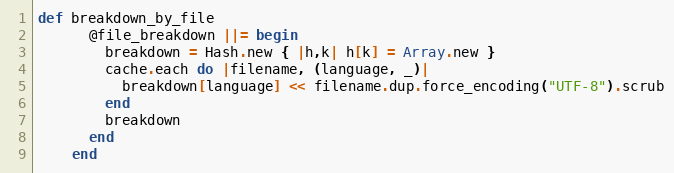
Language: Ruby
def breakdown_by_file
      @file_breakdown ||= begin
        breakdown = Hash.new { |h,k| h[k] = Array.new }
        cache.each do |filename, (language, _)|
          breakdown[language] << filename.dup.force_encoding("UTF-8").scrub
        end
        breakdown
      end
    end